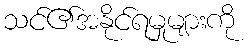
သင်၏အနိုင်ရမှုများကို